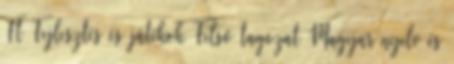
Ft Fejlesztés és játékok Felső tagozat Magyar nyelv és